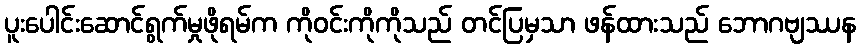
ပူးပေါင်းဆောင်ရွက်မှုဖိုရမ်က ကိုဝင်းကိုကိုသည် တင်ပြမှသာ ဖန်ထားသည် ဘောဂဗျဿန